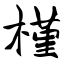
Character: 槿